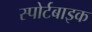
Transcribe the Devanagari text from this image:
स्पोर्टबाइक